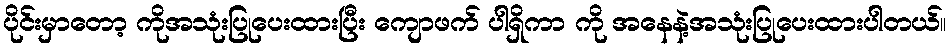
ပိုင်းမှာတော့ ကိုအသုံးပြုပေးထားပြီး ကျောဖက် ပါရှိကာ ကို အနေနဲ့အသုံးပြုပေးထားပါတယ်။